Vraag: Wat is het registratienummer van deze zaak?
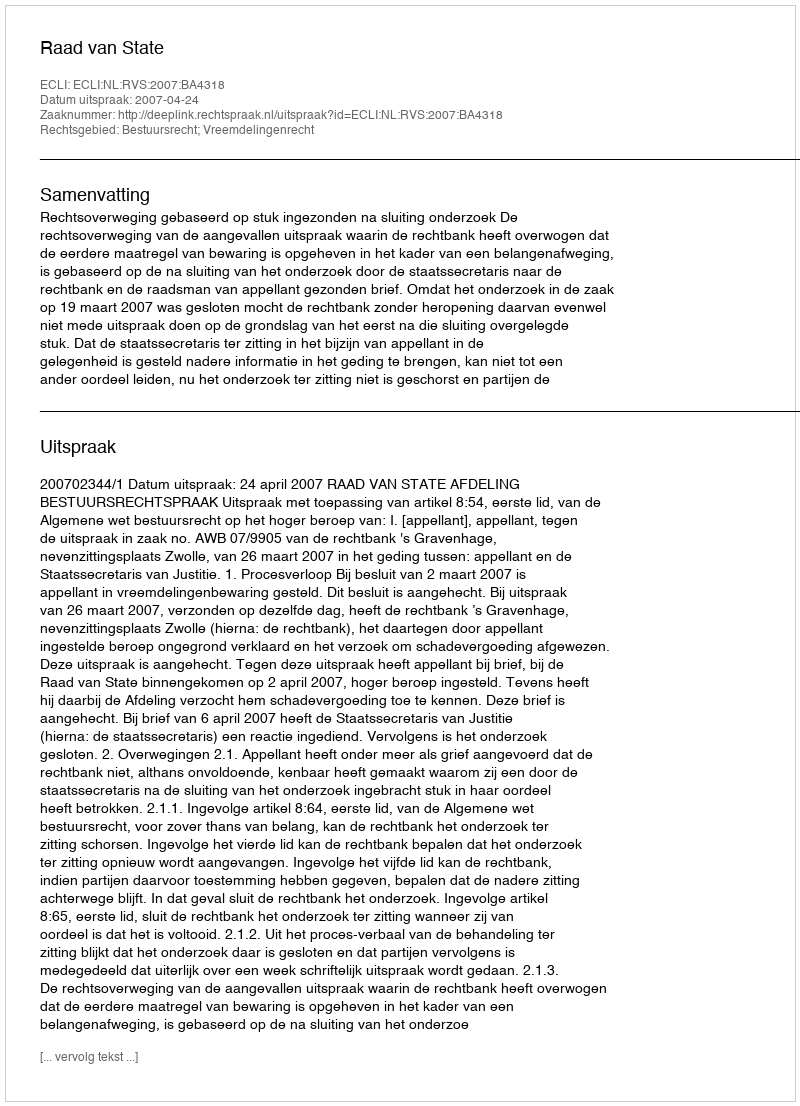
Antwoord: http://deeplink.rechtspraak.nl/uitspraak?id=ECLI:NL:RVS:2007:BA4318